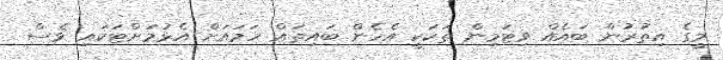
މީގެ އިތުރުން ބައެއް ވިޓަމިން ތަކަކީ އެހެން ބައިތައް ހަމައަށް އެޅުމަށްޓަކައި ވެސް